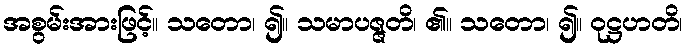
အစွမ်းအားဖြင့်။ သတော၊ ၍။ သမာပဇ္ဇတိ၊ ၏။ သတော၊ ၍။ ဝုဋ္ဌဟတိ၊